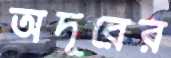
অদূরের